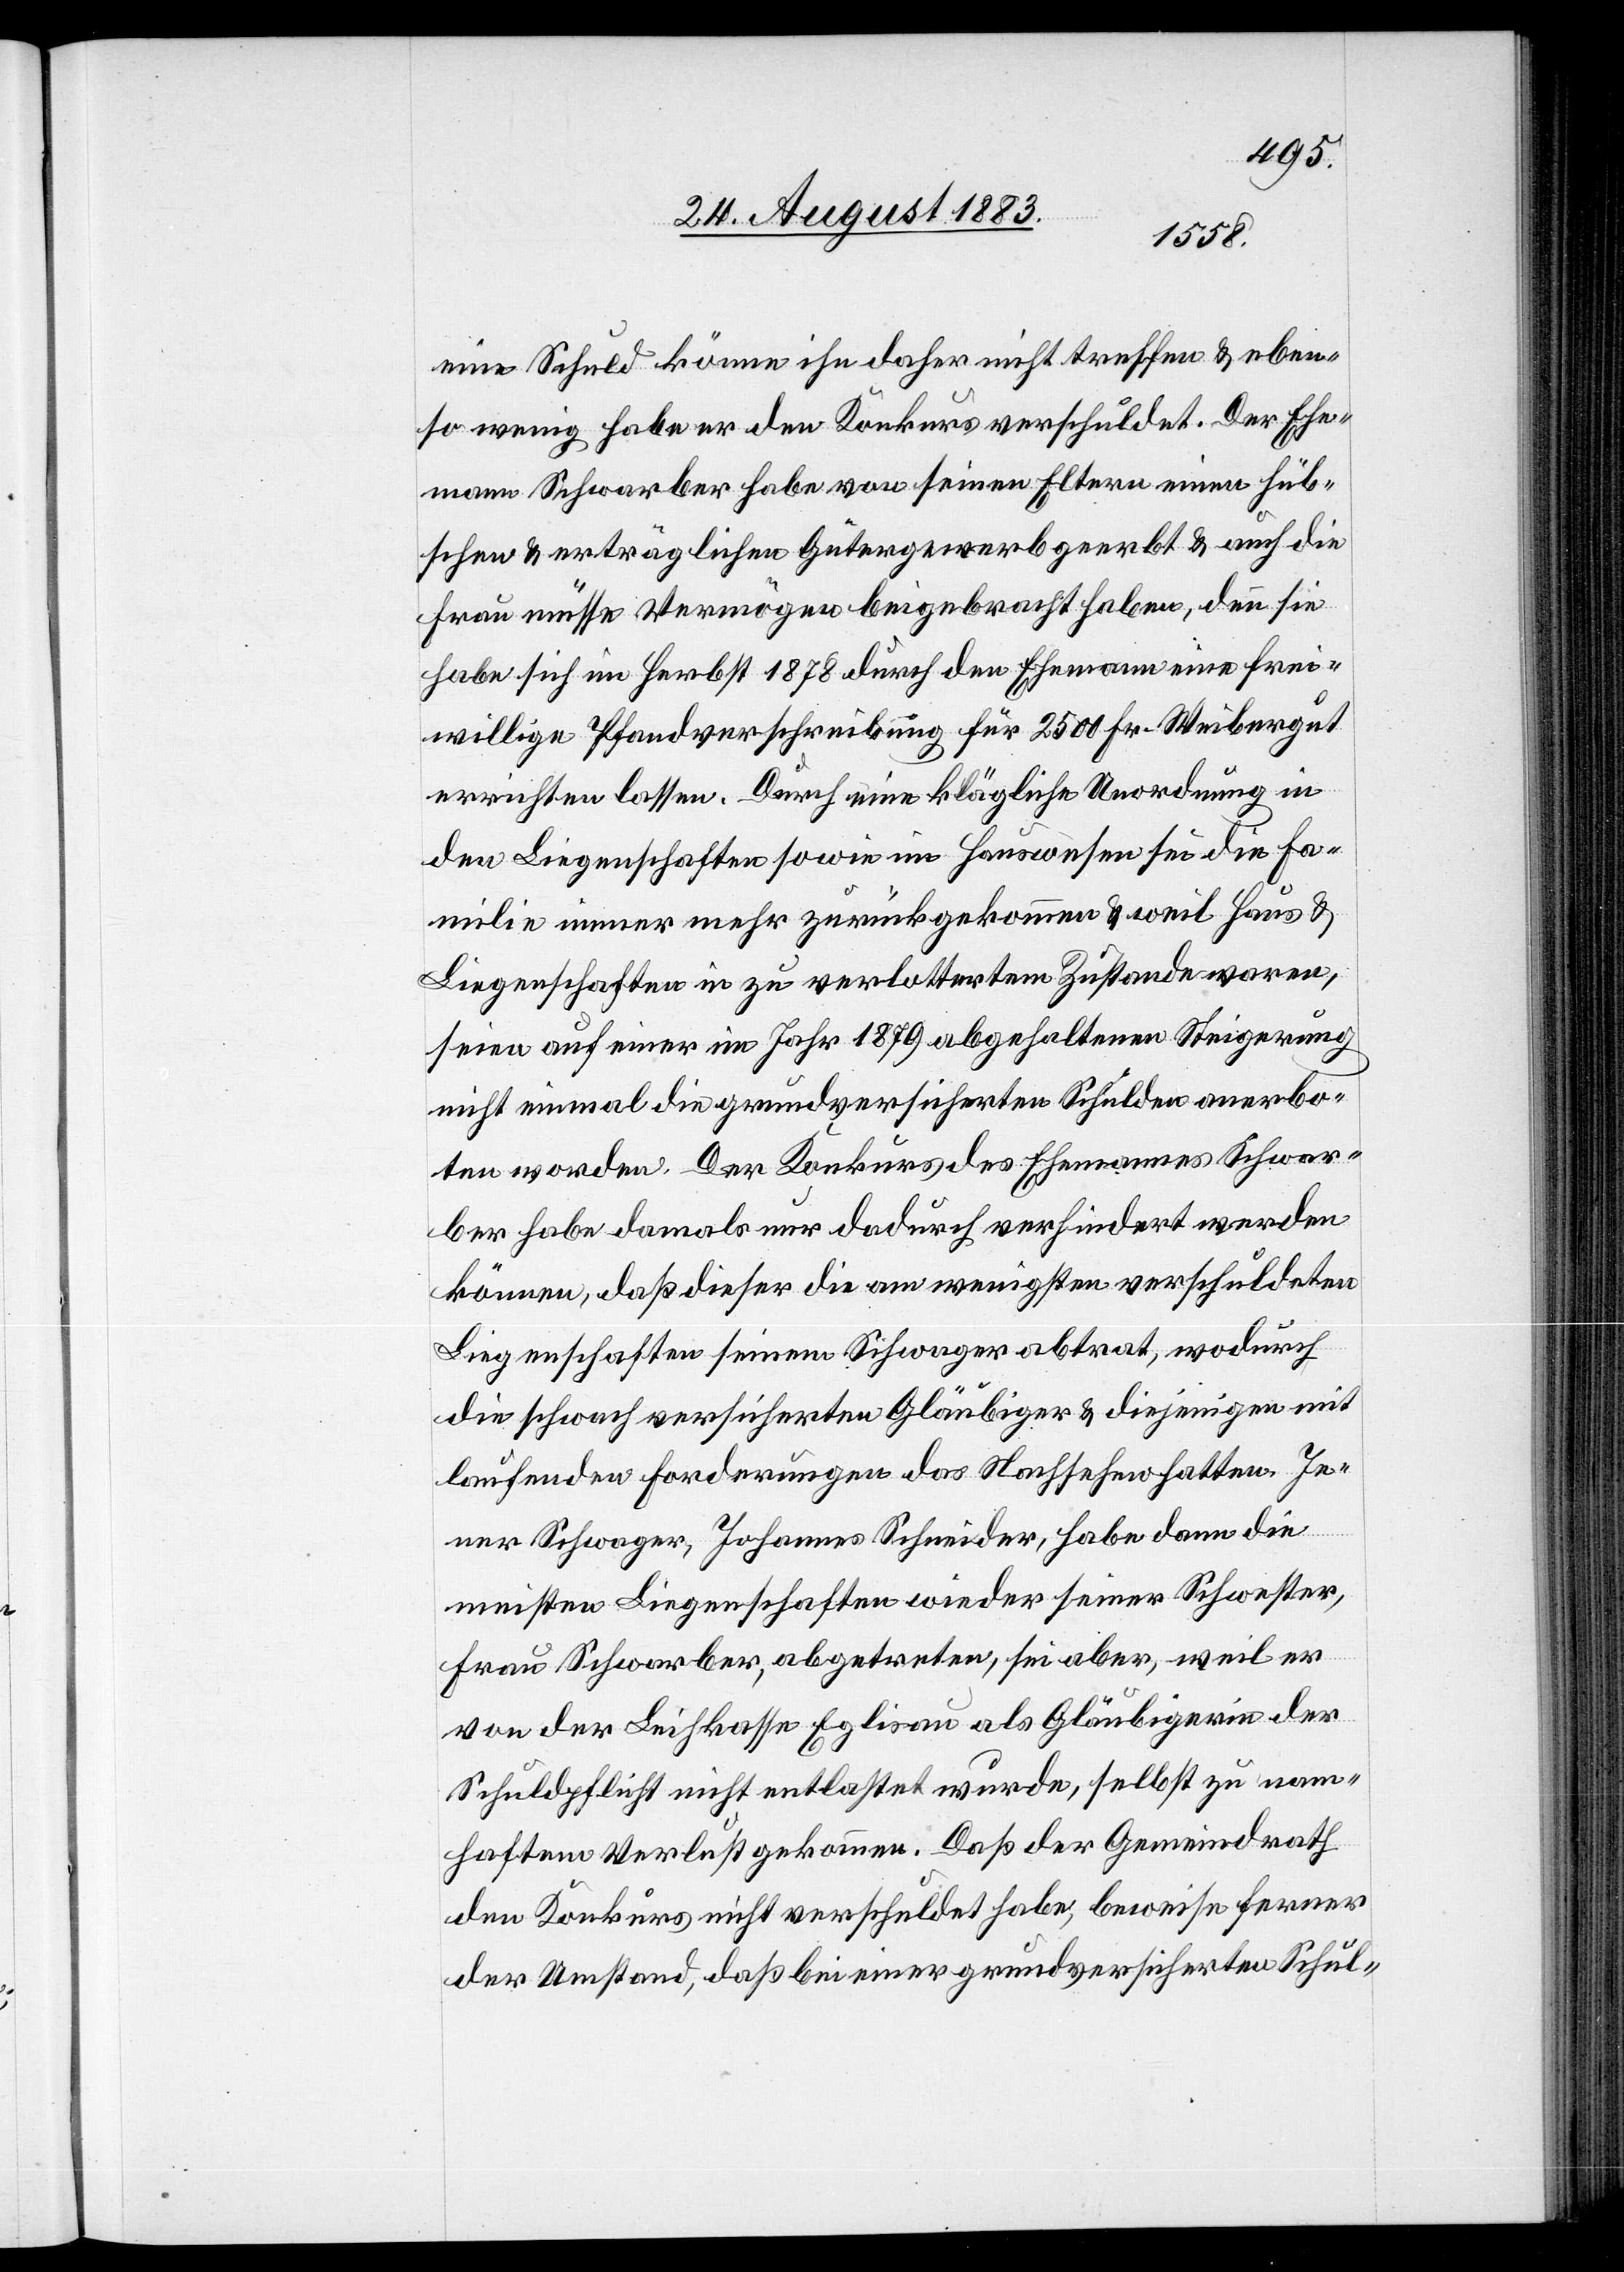
eine Schuld könne ihn daher nicht treffen & eben¬
so wenig habe er den Konkurs verschuldet. Der Ehe¬
mann Scharber habe von seinen Eltern einen hüb¬
schen & erträglichen Gütergewerb geerbt & auch die
Frau müsse Vermögen beigebracht haben, denn sie
habe sich im Herbst 1878 durch den Ehemann eine frei¬
willige Pfandverschreibung für 2500 Fr. Weibergut
errichten lassen. Durch eine klägliche Unordnung in
den Liegenschaften sowie im Hauswesen sei die Fa¬
milie immer mehr zurückgekommen & weil Haus &
Liegenschaften in zu verlottertem Zustande waren,
seien auf einer im Jahr 1879 abgehaltenen Steigerung
nicht einmal die grundversicherten Schulden anerbo¬
ten worden. Der Konkurs des Ehemannes Schwar¬
ber habe damals nur dadurch verhindert werden
können, daß dieser die am wenigsten verschuldeten
Liegenschaften seinem Schwager abtrat, wodurch
die schwach versicherten Gläubiger & diejenigen mit
laufenden Forderungen das Nachsehen hatten. Je¬
ner Schwager, Johannes Schneider, habe dann die
meisten Liegenschaften wieder seiner Schwester,
Frau Schwarber, abgetreten, sei aber, weil er
von der Leihkasse Eglisau als Gläubigerin der
Schuldpflicht nicht entlastet wurde, selbst zu nam¬
haftem Verlust gekommen. Daß der Gemeindrath
den Konkurs nicht verschuldet habe, beweise ferner
der Umstand, daß bei einer grundversicherten Schul-